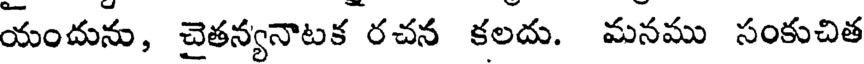
యందును, చైతన్యనాటక రచన కలదు. మనము సంకుచిత